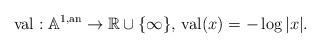
LaTeX: \begin{align*}\textrm{val}: \mathbb{A}^{1,\textrm{an}} \rightarrow \mathbb{R} \cup \{\infty\}, \, \textrm{val}(x) = -\log |x|.\end{align*}